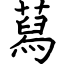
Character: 蕮